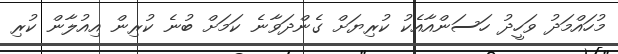
މުހައްމަދު ވަހީދު ހަސަންއާއެކު ކުރިޔަށް ގެންދަވާނެ ކަމަށް ބުނެ ކުރިން އިއުލާން ކުރި